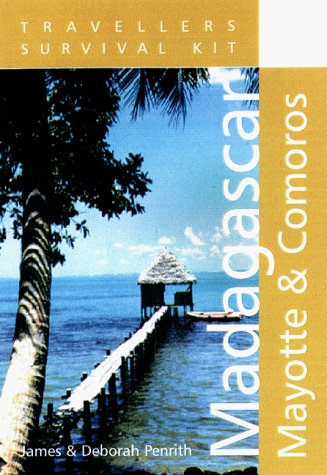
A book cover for Travellers' Survival Kit:  Madagascar & Comoros; James Penrith; Travel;